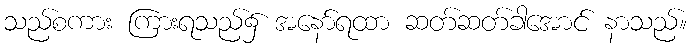
သည်စကား ကြားရသည်၌ အနော်ရထာ ဆတ်ဆတ်ခါအောင် နာသည်။